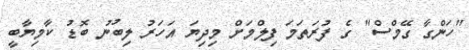
"ހަންގާ ގޭމްސް" ގެ ފުރަތަމަ ފިލްމަށް މިދިޔަ އަހަރު ލިބުނު ބޮޑު ކާމިޔާބީ